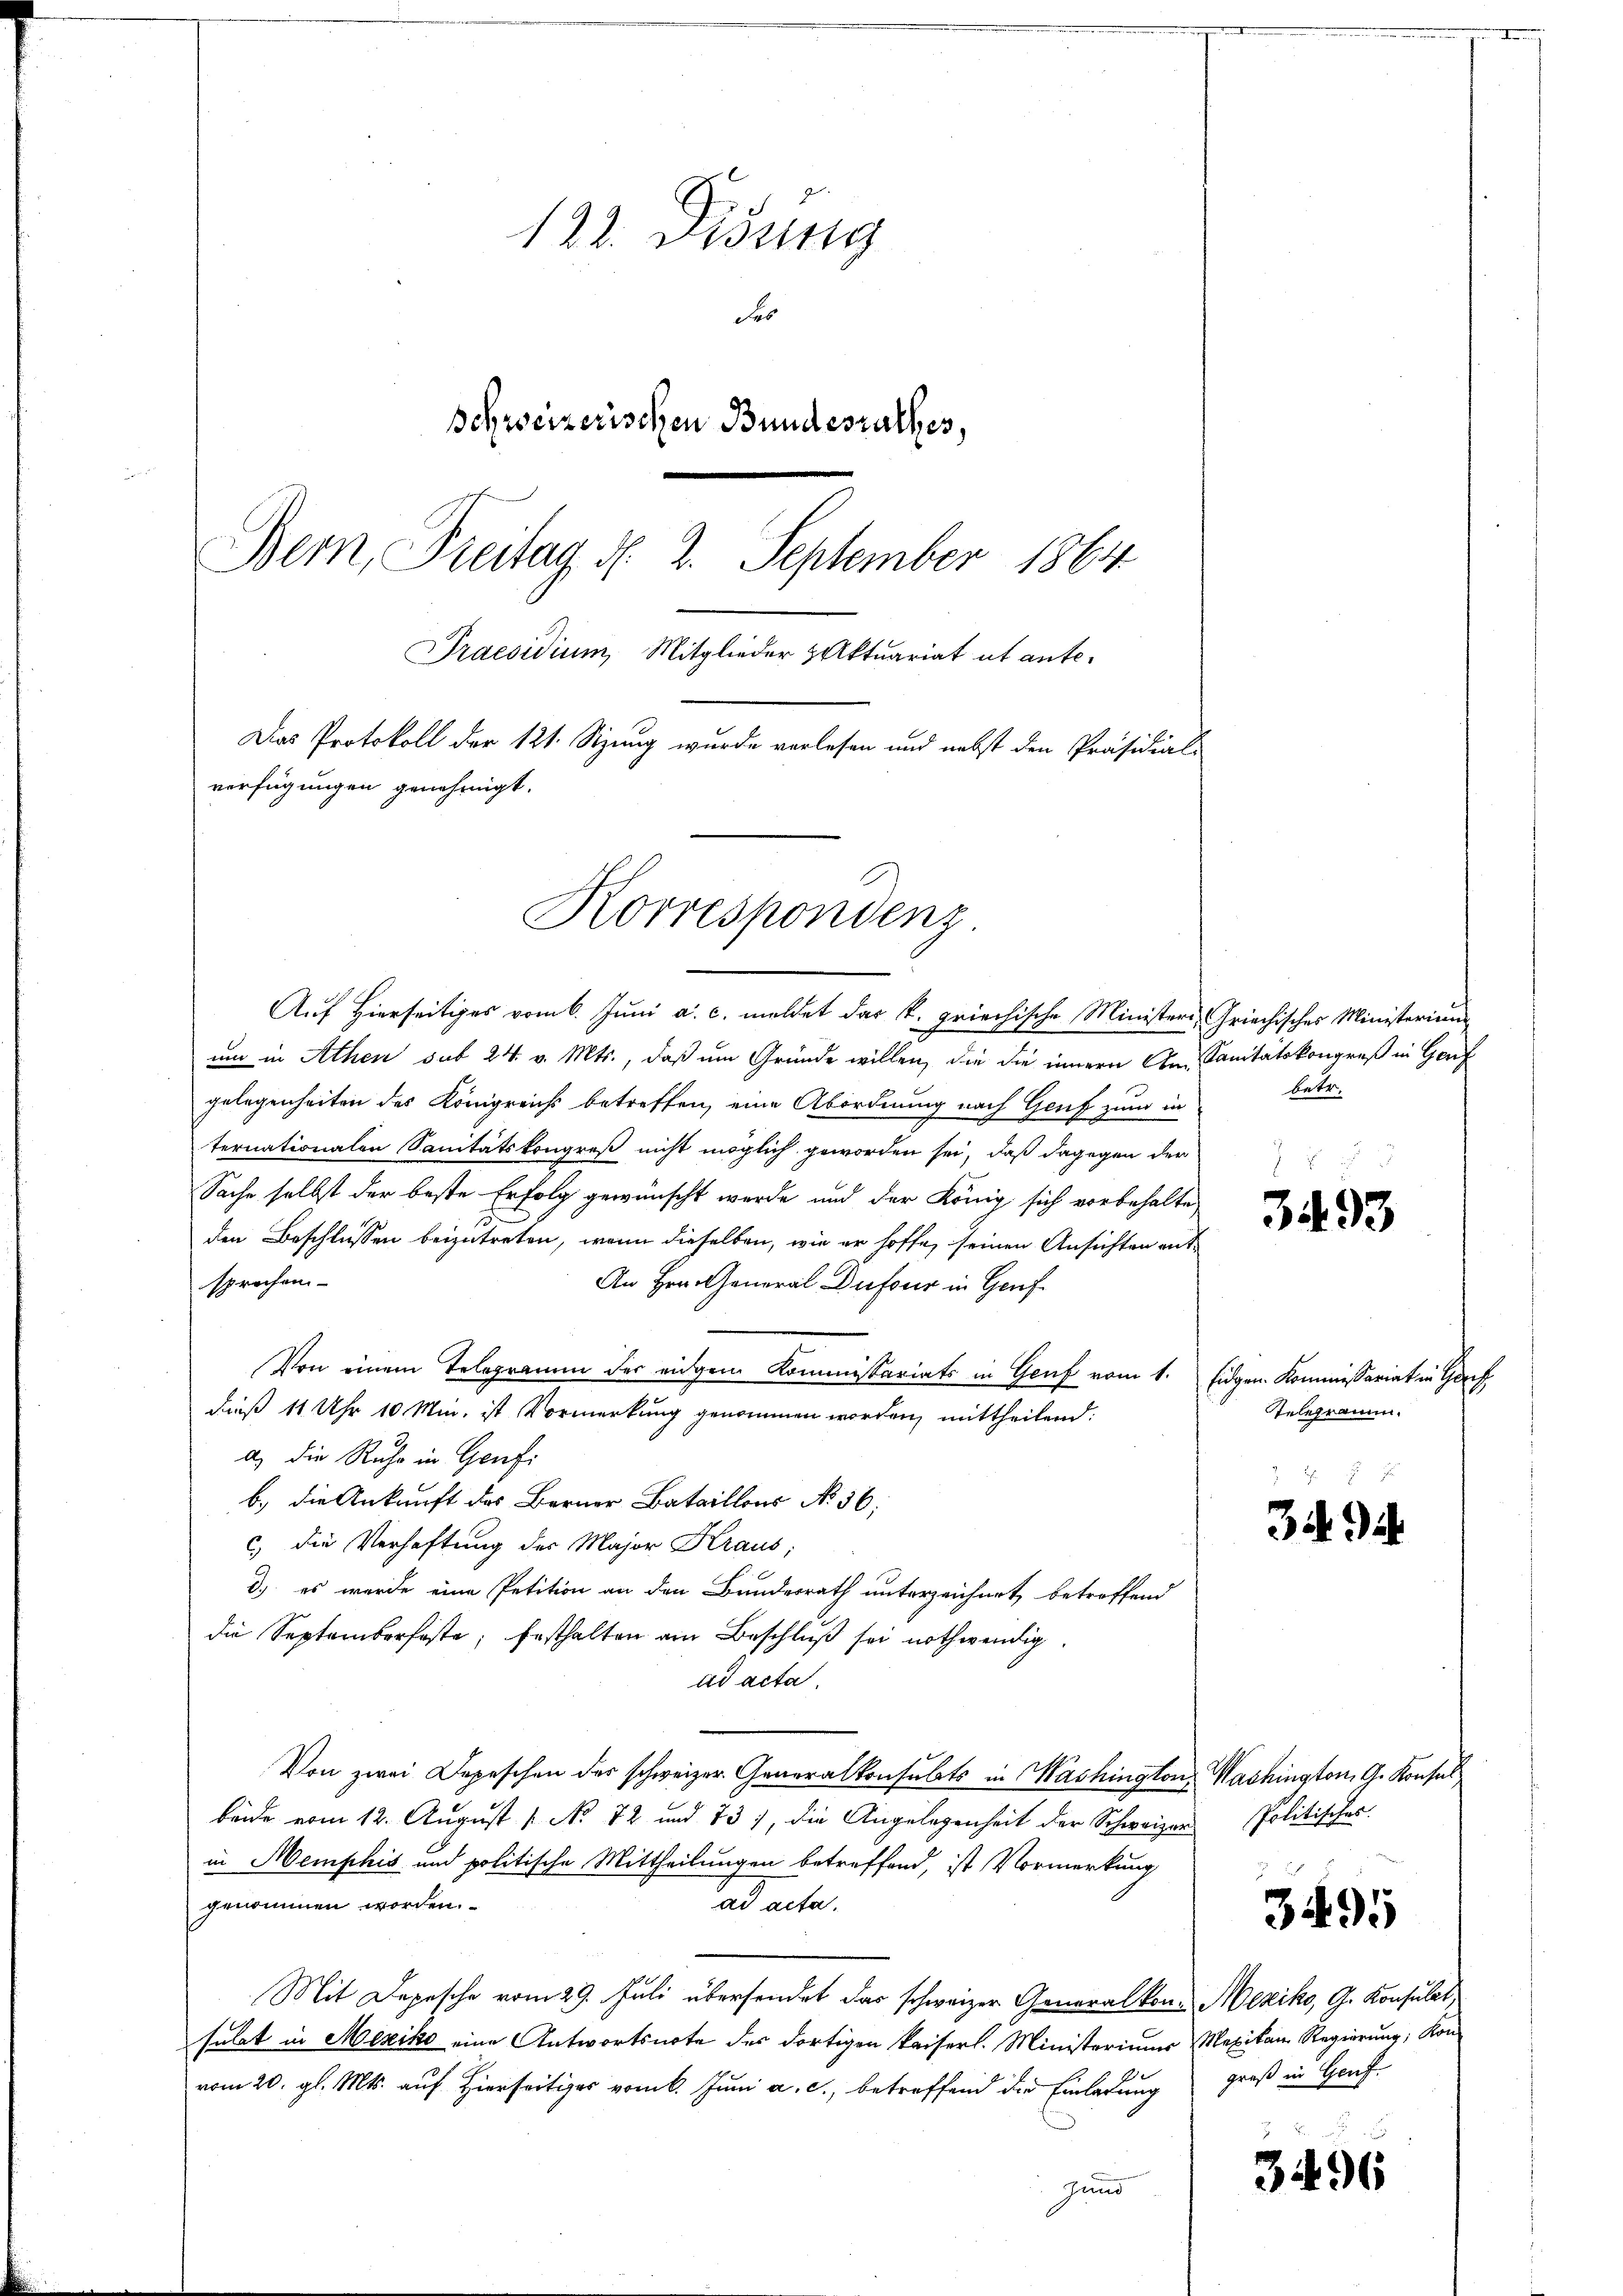
122. Didung
Se
Schweizerischen Bundesrathes,
Bern, Freitag d. 2. September 1864
Praesidium, Mitglieder & Aktuariat ut ante.
Das Protokoll der 121. Sizung wurde vorlesen und nebst den Präsidial-
verfügungen genehmigt.

um in Athen sub 24 v. Mts., daß um Gründe willen, die die innern Am Sanitätskongreß in Genf
gelegenheiten des Königreichs betreffen, eine Abordnung nach Genf zum in
ternationalen Sanitätskongreß nicht möglich geworden sei, daß dagegen der
Sache selbst der beste Erfolg gewünscht werde und der König sich vorbehalte
den Beschlüssen beizutreten, wenn dieselben, wie er hoffe, seinen Ansichten entsprochen
An Hrn. General Dufour in Genf
Von einem Telegramm der eigem Kommissariats in Genf vom 1. Eidgen. Kommissariat in Gef
dieß 11 Uhr 10 Min. ist Vormerkung genommen worden, mittheilend:
a) die Ruhe in Genfi
b.) die Ankunft des Berner Bataillons No 36.
c.) die Verhaftung der Major Kraus;
d.) es wurde eine Petition an den Bundesrath unterzeichnet, betreffend
die Septemberföste, festhalten am Beschluß sei nothwendig.
ad acta,
Von zwei Depeschen des schweizer Generalkonsulats in Washington Washington, G. Konsul
beide vom 12. August [ No 72 und 73), die Angelegenheit der Schweizer Politisches
in Memphis und politische Mittheilungen betreffend, ist Vormerkung
genommen worden.
Tad acte.
Mit Depesche vom 29. Juli übersendet das schweizer Generalkon Mexiko, G. Konsulat
sulat in Mexiko eine Antwortsnote des dortigen Kaiserl. Ministeriums Mexikan Regierung, Kon-
vom 20. gl. Mts. auf Hierseitiges vom 6. Juni a. c., betreffend die Einladung
gund

Korrespondenz.
Auf Hierseitiges vom 6. Juni a. c. meldet das k. griechische Ministers, Griechisches Ministerium

betr.

3493

Telegramm.

34 i

3495

groß in Genf.

3496